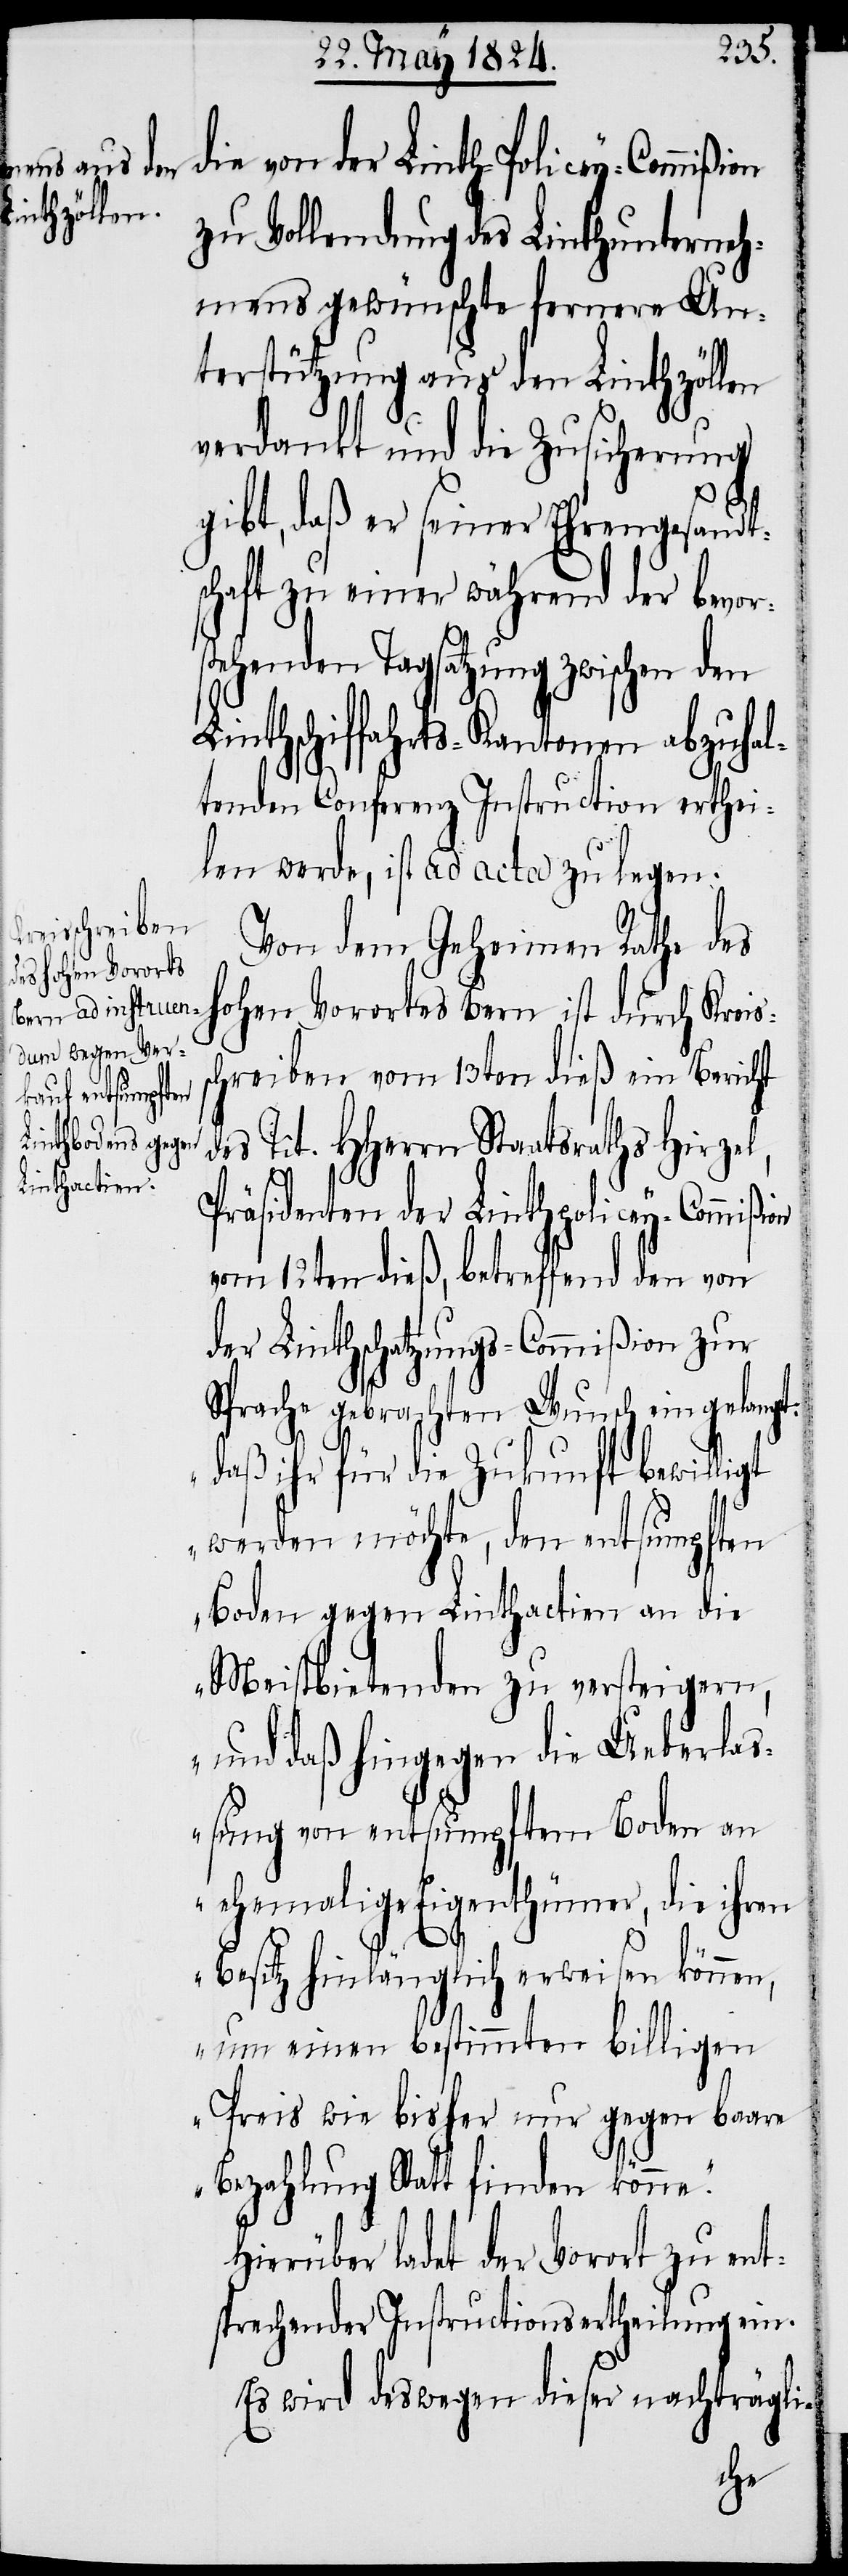
zu Vollendung des Linthunterneh¬
mens gewünschte fernere Un¬
terstützung aus den Linthzöllen
verdankt und die Zusicherung
s¬
gibt, daß er seiner Ehrengesandt¬
schaft zu einer während der bevor¬
stehenden Tagsatzung zwischen den
Linthschiffahrts-Kantonen abzuhal¬
tenden Conferenz Instruction erthei¬
len werde, ist ad acta zu legen.
Von dem Geheimen Rathe des
hohen Vorortes Bern ist durch Kreis¬
chreiben vom 13ten dieß ein Bericht
des Tit. HHerrn Staatsraths Hirzel,
e.“
Präsidenten der Linthpolicey-Commißion
vom 12ten dieß, betreffend den von
der Linthschatzungs-Commißion zur
Sprache gebrachten Wunsch eingelangt:
„daß ihr für die Zukunft bewilligt
werden möchte, den entsumpften
Boden gegen Linthactien an die
Meistbietenden zu versteigern,
und daß hingegen die die Ueberl¬
aßung von entsumpften Boden an
ehemalige Eigenthümer, die ihren
Besitz hinlänglich erweisen können,
um einen bestimmten billigen
Preis wie bisher nur gegen baare
Bezahlung Statt finden könn¬
Hierüber ladet der Vorort zu ent¬
sprechender Instructionsertheilung ein.
Es wird deswegen dieser nachträgli-